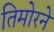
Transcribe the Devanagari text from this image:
तिमोरने